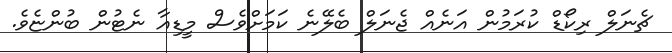
ޗެނަލް ރިކޯޑް ކުރަމުން އަނެއް ޖެނަލް ބެލޭނެ ކަމަށްވެސް މީޑިއާ ނެޓުން ބުންޏެވެ.